Report on vaccination North-West Frontier Province 1904-1922 - 1904-1922
Year: 1904
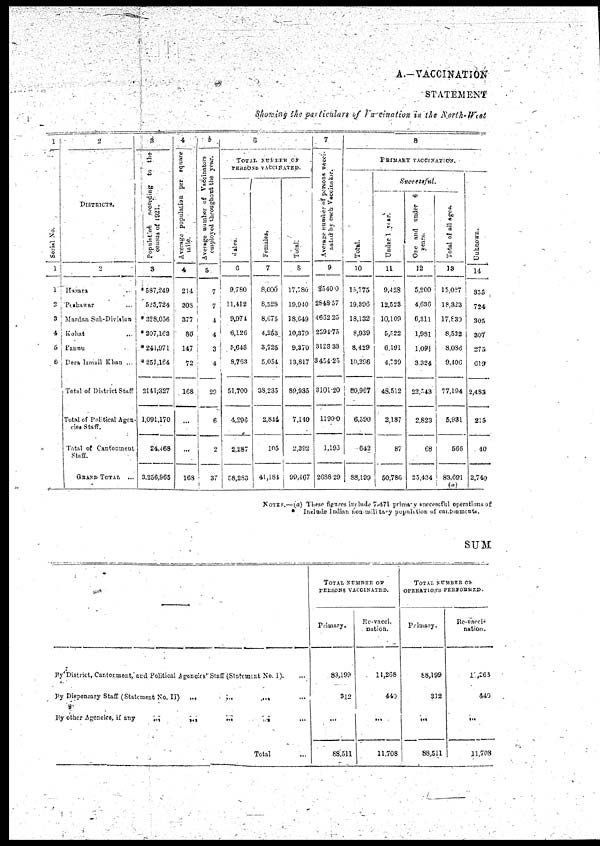
A.—VACCINATION
STATEMENT
Showing the particulars of Vaccination in the North-West
1
Serial No.
1
1
2
3
4
5
6
2
DISTRICTS.
2
Hazara
..
Peshawar ..
Mardan Sub-Division
Kohat ...
Bannu ..
Dera Ismail Khan ...
Total of District Staff
Total of Political Agen-
cies Staff.
Total of Cantonment
Staff.
GRAND TOTAL ...
3
Population
according to the
census of 1921.
3
* 587,249
523,724
* 328,056
* 207,163
* 241,971
*251,164
2141,327
1,091,170
24,468
3,256,965
4
Average population per square
mile.
4
214
308
377
80
147
72
168
...
...
168
5
Average number of Vaccinators
employed throughout the year.
5
7
7
4
4
3
4
29
6
2
37
6
TOTAL NUMBER OF
PERSONS VACCINATED.
Males.
6
9,780
11,412
9,974
6,126
5,645
8,763
51,700
4,296
2,287
58,283
Females.
7
8,000
8,528
8,675
4,253
3,725
5,054
38,235
2,844
105
41,184
Total.
8
17,780
19,940
18,649
10,379
9,370
13,817
89,935
7,140
2,392
99,467
7
Average number of persons vacci-
nated by each Vaccinator.
9
2540.00
2848.57
4662.25
2594.75
3123.33
3454.25
3101.20
1190.0
1,193
2688.29
8
PRIMARY
VACCINATION.
Total.
10
15,775
19,396
18,132
8,939
8,429
10,296
80,967
6,590
642
88,199
Successful.
Under 1 year.
11
9,428
12,523
10,109
5,522
6,191
4,739
48,512
2,187
87
50,786
One and under 6
years.
12
5,200
4,636
6,311
1,981
1,091
3,324
22,543
2,823
68
25,434
Total of all ages.
13
15,027
18,323
17,830
8,522
8,086
9,406
77,194
5,931
566
83,691
(a)
Unknown.
14
355
724
305
307
275
619
2,483
215
40
2,740
NOTES.—(a) These figures include 7,471 primary successful operations of
Include Indian non-military population of cantonments.
SUM
—
By District, Cantonment, and Political Agencies' Staff (Statement No. 1). ...
By Dispensary Staff (Statement No. II)
...
...
...
By other Agencies, if any
...
...
...
...
Total ...
TOTAL NUMBER OF
PERSONS VACCINATED.
Primary.
83,199
312
...
88,511
Re-vacci-
nation.
11,268
440
...
11,708
TOTAL NUMBER OF
OPERATIONS PERFORMED.
Primary.
88,199
312
...
88,511
Re-vacci-
nation.
11,268
440
...
11,708